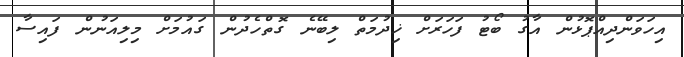
އިހަވަންދިއްޕޮޅުން އާގު ބޯޓު ފަހަރަށް ޚިދުމަތް ލިބޭނެ ގޮތްހެދުން ގައުމަށް މިލިއަނުން ފައިސާ